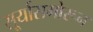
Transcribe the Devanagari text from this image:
सू्र्यासमोरून